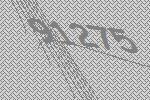
91275